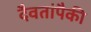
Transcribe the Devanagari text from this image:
दैवतांपैकी